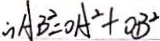
\therefore A B ^ { 2 } = O A ^ { 2 } + O B ^ { 2 }